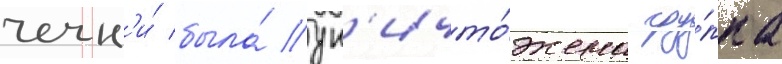
чечн'и́ была́ ун'ичто́жена гру́ппа